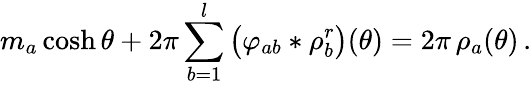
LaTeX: m_{a}\cosh\theta+2\pi\sum_{b=1}^{l}\, \bigl(\varphi_{ab}*\rho_{b}^{r}\bigr)(\theta)=2\pi\, \rho_{a}(\theta)\, .